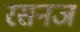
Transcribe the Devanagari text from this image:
रसनज